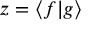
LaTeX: z = \langle f | g \rangle